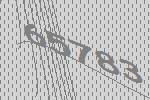
65783